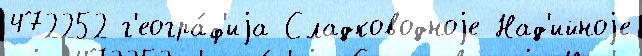
472252 г'еогра́ф'иjа Сладководноjе Над'ийноjе